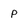
Character: p